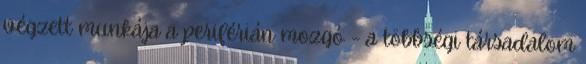
végzett munkája a periférián mozgó – a többségi társadalom